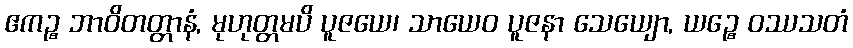
ဧကဉ္စ ဘာဝိတတ္တာနံ, မုဟုတ္တမပိ ပူဇယေ၊ သာယေဝ ပူဇနာ သေယျော, ယဉ္စေ ဝဿသတံ